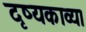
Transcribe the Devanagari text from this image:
दृष्यकाव्य।